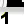
Digit: 1